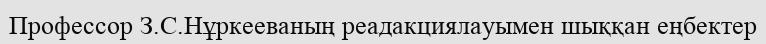
Профессор З.С.Нұркееваның реадакциялауымен шыққан еңбектер